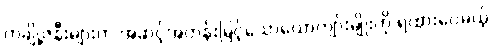
တချို့ဇနီးများက အဆင့်အတန်းမြင့်သောယောကျာ်းမျိုးကို ရထားပေမယ့်